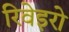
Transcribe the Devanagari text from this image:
रिवेइरो